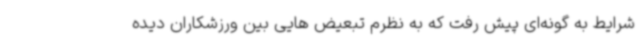
شرایط به گونه‌ای پیش رفت که به نظرم تبعیض هایی بین ورزشکاران دیده